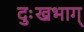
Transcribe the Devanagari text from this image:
दुःखभाग्